Annual report of the Civil Veterinary Department, Bengal, for the year 1897-98 - 1897-1898
Year: 1897
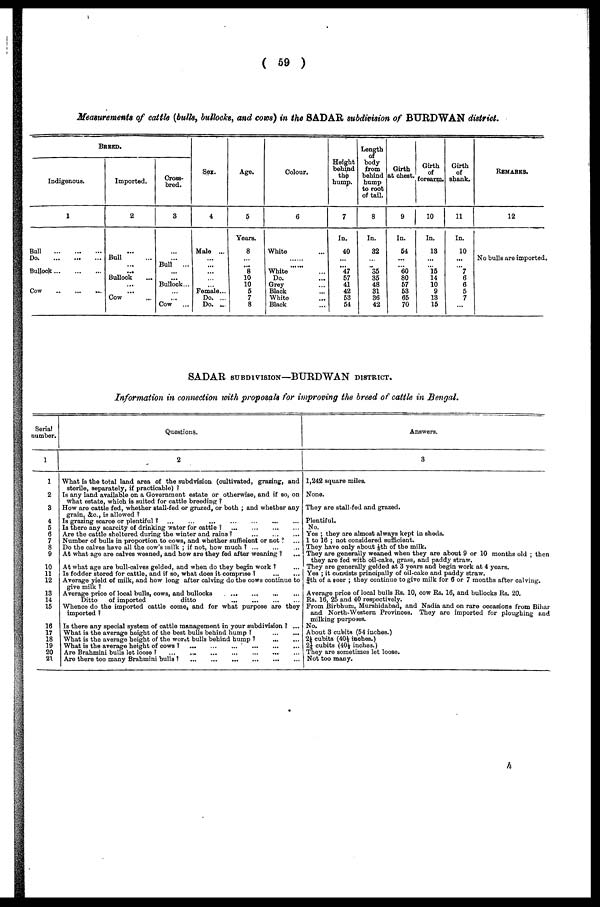
( 59 )
Measurements of cattle (bulls, bullocks, and cows) in the SADAR subdivision of BURDWAN district.
BREED
Indigenous.
1
Ball
...
...
...
Do
...
...
...
Bullock
...
...
...
Cow
...
...
...
Imported.
2
...
Bull ...
...
...
Bullock ...
...
...
Cow ...
Cross-
bred.
3
...
...
Bull
...
...
...
Bullock...
...
...
Cow
...
Sex.
4
Male ...
...
...
...
...
...
Female ...
Do. ...
Do. ...
Age.
5
Years.
8
...
... 8
10
10
5
7
8
Colour.
6
White ...
.....
..... White
Do.
Grey
Black
White
Black
Height
behind
the
hump.
7
In.
40
... 47
57
41
42
53
54
Length
body
from
behind
hump
to root
of tail.
8
In.
32
... 35
35
48
31
36
42
Girth
at chest.
9
In.
54
60
80
57
53
65
70
Girth
of
forearm.
10
In.
13
...
15
14
10
9
13
15
Girth
of
shank.
11
In.
10
...
7
6
6
5
7
...
REMARKS.
12
No bulls are imported
SADAR SUBDIVISION—BURDWAN DISTRICT.
Information in connection with proposals for improving the breed of cattle in Bengal.
Serial
number.
1
1
2
3
4
5
6
7
8
9
10
11
12
13
14
15
16
17
18
19
20
21
Questions.
2
What is the total land area of the subdvision (cultivated, grazing, and
sterile, separately, if practicable) ?
Is any land available on a Government estate or otherwise, and if so, on
what estate, which is suited for cattle breeding ?
How are cattle fed, whether stall-fed or grazed, or both ; and whether any
grain, &c, is allowed ?
Is grazing scarce or plentiful ? ... ... ... ... ... ... ...
Is there any scarcity of drinking water for cattle ?
...
...
...
...
Are the cattle sheltered during the winter and rains ?
...
...
...
Number of bulls in proportion to cows, and whether sufficient or not ? ...
Do the calves have all the cow's milk ; if not, how much ? ... ... ...
At what age are calves weaned, and how are they fed after weaning ?
...
At what age are bull-calves gelded, and when do they begin work ? ...
Is fodder stored for cattle, and if so, what does it comprise ? ... ...
Average yield of milk, and how long after calving do the cows continue to
give milk ?
Average price of local bulls, cows, and bullocks ... ... ... ...
Ditto
of imported
ditto
...
...
...
...
Whence do the imported cattle come, and for what purpose are they
imported ?
Is there any special system of cattle management in your subdivision ? ...
What is the average height of the best bulls behind hump ?
...
...
What is the average height of the worst bulls behind hump ?
...
...
What is the average height of cows
?
...
...
...
...
...
...
...
Are Brahmini bulls lot loose ? ... ... ... ... ... ... ...
Are there too many Brahmini bulls
?
...
...
...
...
...
...
Answers.
3
1,242 square miles.
None.
They are stall-fed and grazed.
Plentiful.
No.
Yes ; they are almost always kept in sheds.
1 to 16 ; not considered sufficient.
They have only about 1/8th of the milk.
They are generally weaned when they are about 9 or 10 months old ; then
they are fed with oil-cake, grass, and paddy straw.
They are generally gelded at 3 years and begin work at 4 years.
Yes ; it consists principally of oil-cake and paddy straw.
8/1th of a scer ; they continue to give milk for 6 or 7 months after calving.
Average price of local bulls Rs. 10, cow Rs. 16, and bullocks Rs. 20.
Rs. 16, 25 and 40 respectively.
From Birbhum, Murshidabad, and Nadia and on rare occasions from Bihar
and North-Western Provinces. They are imported for ploughing and
milking purposes.
No.
About 3 cubits (54 inches.)
2¼ cubits (40½ inches.)
2¼ cubits (40½ inches.)
They are sometimes let loose.
Not too many.